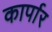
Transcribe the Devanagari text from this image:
कार्पार